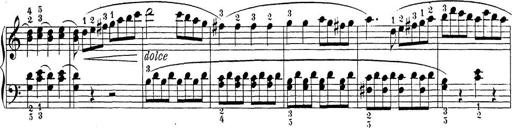
Title: Sonatina Album
Composer: Louis KÃ¶hler